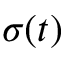
\sigma ( t )